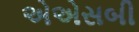
એએસબી